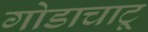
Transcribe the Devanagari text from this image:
गोडाचाटू